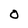
Character: O